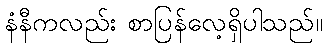
နံနီကလည်း စာပြန်လေ့ရှိပါသည်။